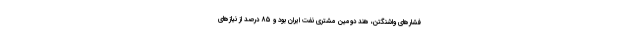
فشارهای واشنگتن، هند دومین مشتری نفت ایران بود و ۸۵ درصد از نیازهای